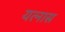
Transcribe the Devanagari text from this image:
यत्नास